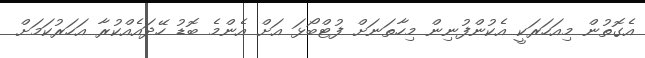
އެގޮތުން މިއަހަރަކީ އެކުންފުނިން މިހާތަނަށް ފުޓްބޯޅަ އަށް އެންމެ ބޮޑު ހޭދައެއްކުރާ އަހަރުކަމަށް